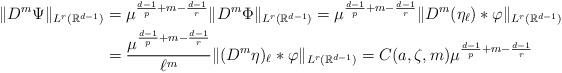
LaTeX: \begin{align*}\|D^m\Psi\|_{L^r(\mathbb{R}^{d-1})}&=\mu^{\frac{d-1}{p}+m-\frac{d-1}{r}}\|D^m\Phi\|_{L^r(\mathbb{R}^{d-1})}=\mu^{\frac{d-1}{p}+m-\frac{d-1}{r}}\|D^m(\eta_\ell)\ast\varphi\|_{L^r(\mathbb{R}^{d-1})}\\&=\frac{\mu^{\frac{d-1}{p}+m-\frac{d-1}{r}}}{\ell^m}\|(D^m\eta)_\ell\ast\varphi\|_{L^r(\mathbb{R}^{d-1})}= C(a,\zeta,m)\mu^{\frac{d-1}{p}+m-\frac{d-1}{r}}\end{align*}